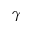
\gamma